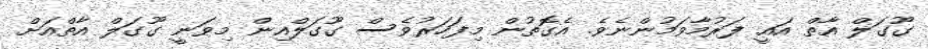
ގޫގަލް އާތް އައީ ފަރުމާވަމުންނެވެ. އެގޮތުން މިފަހަރުވެސް ގޫގަލްއިން މިވަނީ ގޫގަލް އާތްއަށް